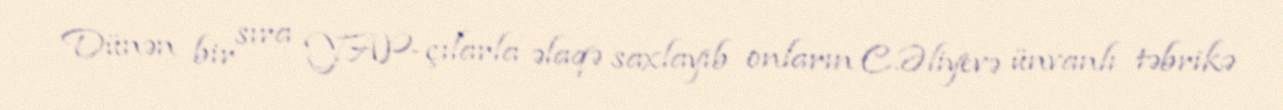
Dünən bir sıra YAP-çılarla əlaqə saxlayıb onların C.Əliyevə ünvanlı təbrikə